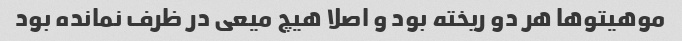
موهیتوها هر دو ریخته بود و اصلا هیچ میعی در ظرف نمانده بود